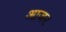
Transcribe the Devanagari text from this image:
आजर